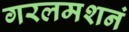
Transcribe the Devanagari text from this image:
गरलमशनं